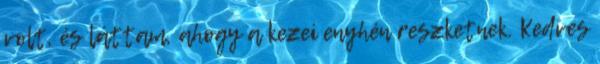
volt, és láttam, ahogy a kezei enyhén reszketnek. Kedves